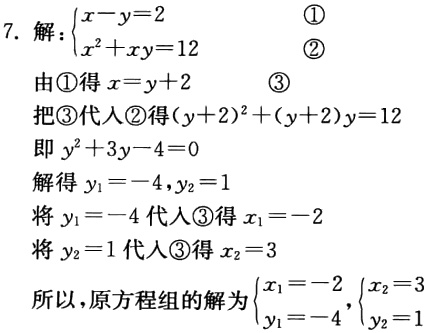
7. 解：\(\begin{cases}x - y = 2 &\textcircled{1}\\x^{2}+xy = 12&\textcircled{2}\end{cases}\)
由\textcircled{1}得\(x = y + 2\)  \textcircled{3}
把\textcircled{3}代入\textcircled{2}得\((y + 2)^{2}+(y + 2)y = 12\)
即\(y^{2}+3y - 4 = 0\)
解得\(y_{1}=-4,y_{2}=1\)
将\(y_{1}=-4\)代入\textcircled{3}得\(x_{1}=-2\)
将\(y_{2}=1\)代入\textcircled{3}得\(x_{2}=3\)
所以，原方程组的解为\(\begin{cases}x_{1}=-2\\y_{1}=-4\end{cases}\)，\(\begin{cases}x_{2}=3\\y_{2}=1\end{cases}\)